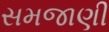
સમજાણી